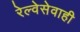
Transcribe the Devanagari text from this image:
रेल्वेसेवाही